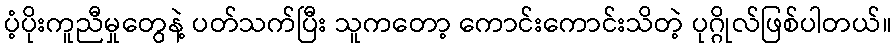
ပံ့ပိုးကူညီမှုတွေနဲ့ ပတ်သက်ပြီး သူကတော့ ကောင်းကောင်းသိတဲ့ ပုဂ္ဂိုလ်ဖြစ်ပါတယ်။